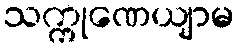
သက္ကုဏေယျာမ